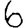
Digit: 6